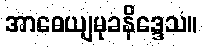
အာဓေယျမုခနိဒ္ဒေသ။